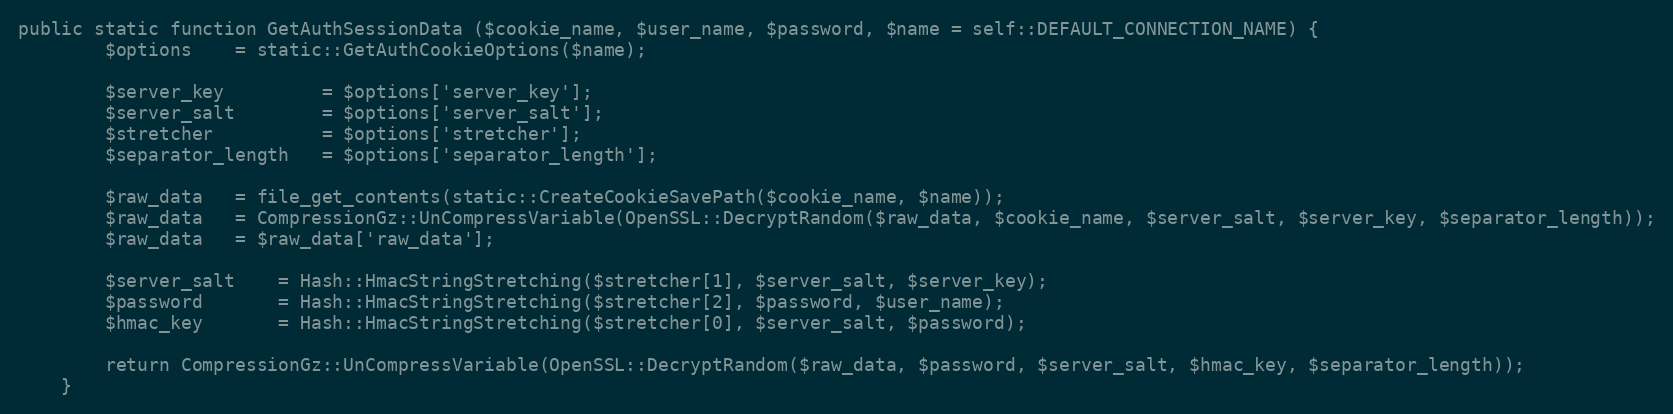
Language: PHP
public static function GetAuthSessionData ($cookie_name, $user_name, $password, $name = self::DEFAULT_CONNECTION_NAME) {
		$options	= static::GetAuthCookieOptions($name);

		$server_key			= $options['server_key'];
		$server_salt		= $options['server_salt'];
		$stretcher			= $options['stretcher'];
		$separator_length	= $options['separator_length'];

		$raw_data	= file_get_contents(static::CreateCookieSavePath($cookie_name, $name));
		$raw_data	= CompressionGz::UnCompressVariable(OpenSSL::DecryptRandom($raw_data, $cookie_name, $server_salt, $server_key, $separator_length));
		$raw_data	= $raw_data['raw_data'];

		$server_salt	= Hash::HmacStringStretching($stretcher[1], $server_salt, $server_key);
		$password		= Hash::HmacStringStretching($stretcher[2], $password, $user_name);
		$hmac_key		= Hash::HmacStringStretching($stretcher[0], $server_salt, $password);

		return CompressionGz::UnCompressVariable(OpenSSL::DecryptRandom($raw_data, $password, $server_salt, $hmac_key, $separator_length));
	}